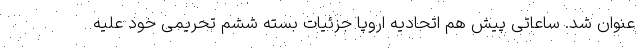
عنوان شد. ساعاتی پیش هم اتحادیه اروپا جزئیات بسته ششم تحریمی خود علیه